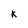
Character: K